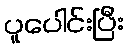
ပူပေါင်းပြီး